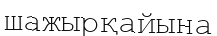
шажырқайына